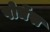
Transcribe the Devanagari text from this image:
पोर्चेस